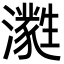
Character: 㶋